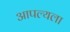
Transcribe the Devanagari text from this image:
आपल्यला